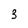
Character: 3